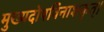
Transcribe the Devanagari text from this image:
मुख्यदोषविनाशकृत्।